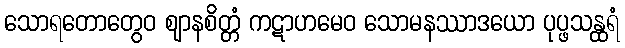
သောရတောတွေဝ ဈာနစိတ္တံ ကဋာဟမေဝ သောမနဿာဒယော ပုပ္ဖသန္ထရံ